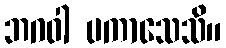
ဘဂဝါ ပကာသေသိ။